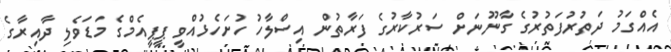
އެއްގަމު ދަތުރުފަތުރުގެ ގާނޫނަށް ސަރުކާރުގެ ފަރާތުން އިސްލާހު ހުށަހެޅުއްވީ ޕީޕީއެމްގެ މަޑަވެލި ދާއިރާގެ